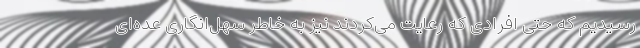
رسیدیم که حتی افرادی که رعایت می‌کردند نیز به خاطر سهل‌انگاری عده‌ای